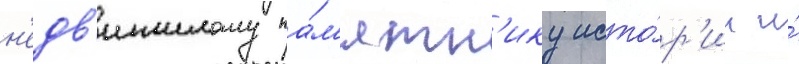
н'едв'ижимому па́м'ятн'ику исто́р'ии и́